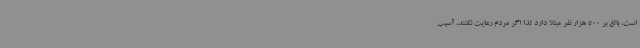
است، بالغ بر 500 هزار نفر مبتلا دارد لذا اگر مردم رعایت نکنند، آسیب